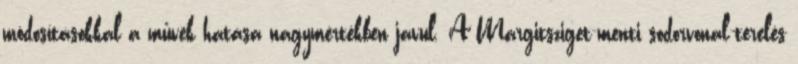
módosításokkal a művek hatása nagymértékben javul. A Margitsziget-menti sodorvonal-terelés